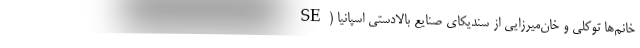
خانم‌ها توکلی و خان‌میرزایی از سندیکای صنایع بالادستی اسپانیا (SE